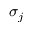
\sigma _ { j }